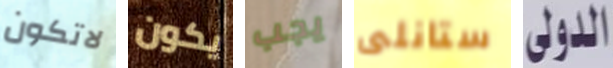
لاتكون يكون يجب ستانلى الدولي